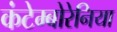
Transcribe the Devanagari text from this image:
कंटेम्बोरेनिया